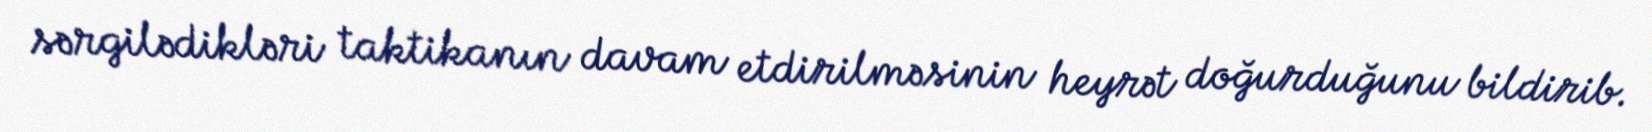
sərgilədikləri taktikanın davam etdirilməsinin heyrət doğurduğunu bildirib.